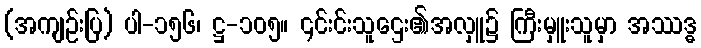
(အကျဉ်းပြ) ပါ-၁၅၆၊ ဋ္ဌ-၁၀၅။ ၎င်းင်းသူဌေး၏အလှူ၌ ကြီးမှူးသူမှာ အဿဒ္ဓ